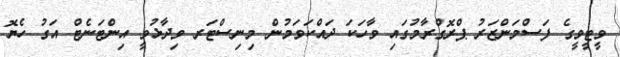
ވީޓީވީގެ ފަސްމަންޒަރު ޕްރޮގްރާމުގައި ވާހަކަ ދައްކަވަމުން މިނިސްޓަރ ވިދާޅުވީ އިންޓަނެޓް އަގު ހެޔޮ